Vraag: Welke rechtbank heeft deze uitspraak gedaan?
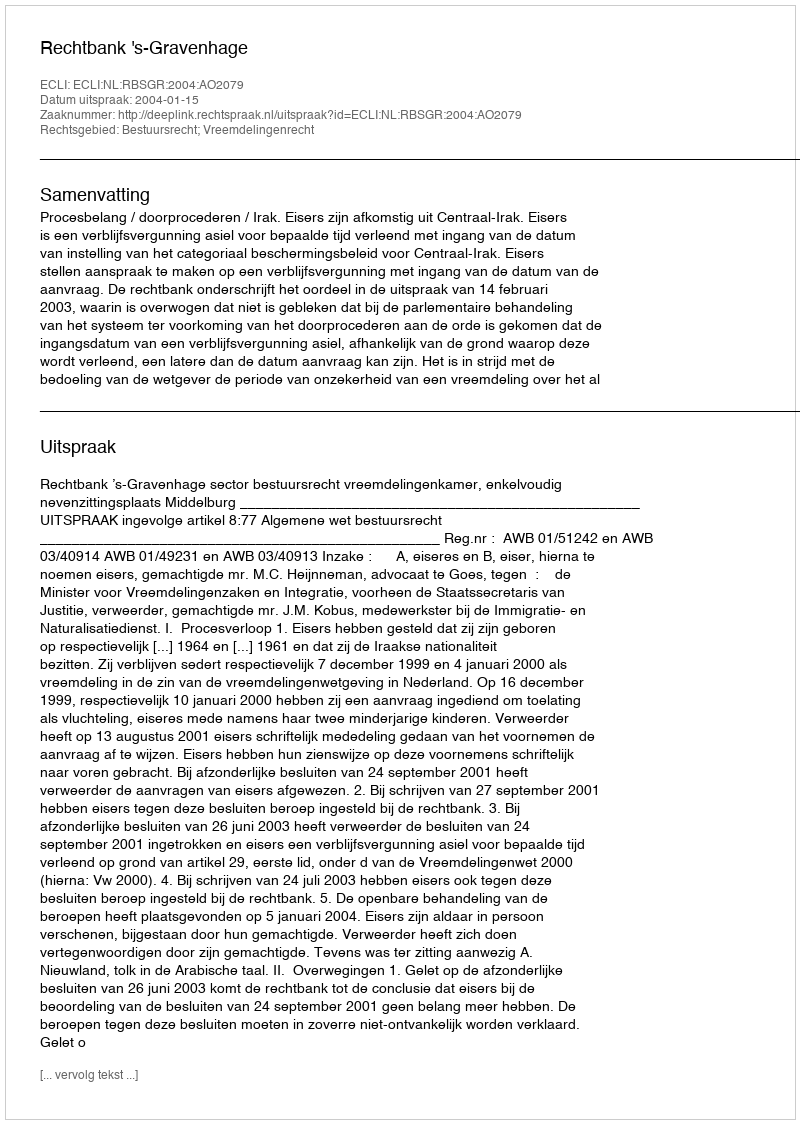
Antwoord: Rechtbank 's-Gravenhage